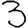
Digit: 3